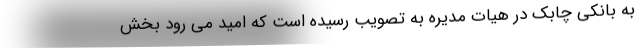
به بانکی چابک در هیات مدیره به تصویب رسیده است که امید می رود بخش